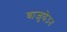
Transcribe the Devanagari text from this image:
बाजुघेउन